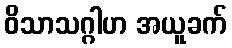
ဝိသာသဂ္ဂါဟ အယူခက်